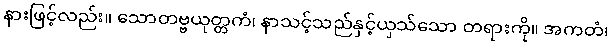
နားဖြင့်လည်း။ သောတဗ္ဗယုတ္တကံ၊ နာသင့်သည်နှင့်ယှသ်သော တရားကို။ အကတံ၊